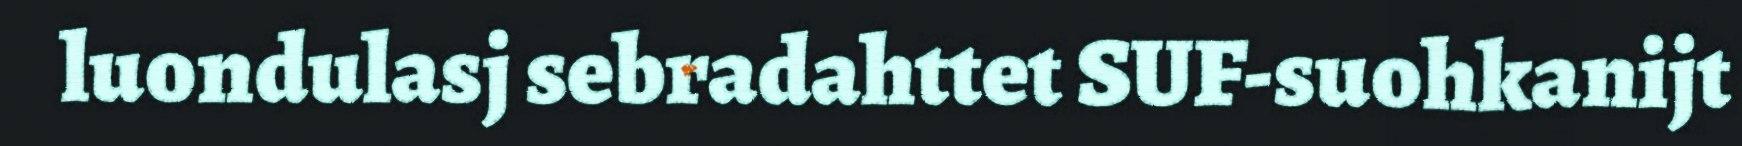
luondulasj sebradahttet SUF-suohkanijt